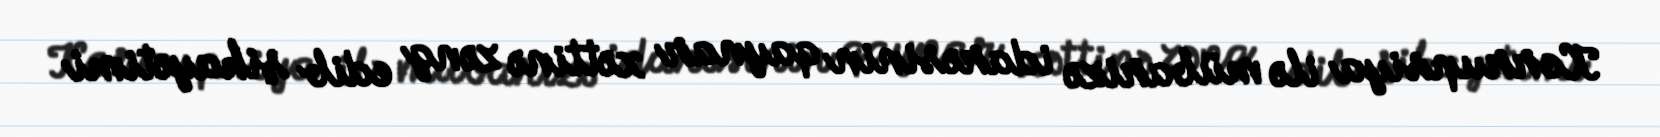
Korrupsiya ilə mübarizə idarəsinin qaynar xəttinə zəng edib şikayətimi